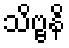
သိဗ္ဗနိ